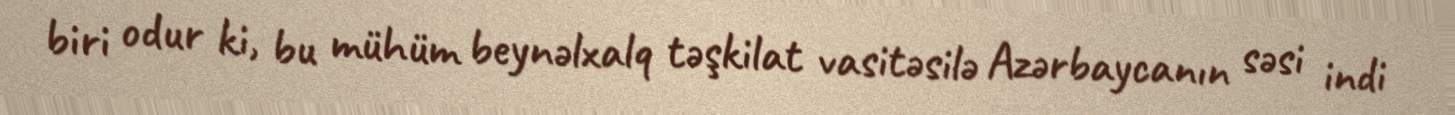
biri odur ki, bu mühüm beynəlxalq təşkilat vasitəsilə Azərbaycanın səsi indi